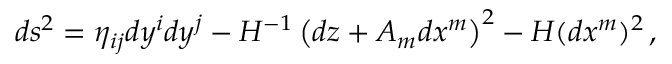
d s ^ { 2 } = \eta _ { i j } d y ^ { i } d y ^ { j } - H ^ { - 1 } \left( d z + { A } _ { m } d x ^ { m } \right) ^ { 2 } - H ( d x ^ { m } ) ^ { 2 } \, ,